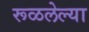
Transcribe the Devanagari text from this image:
रूळलेल्या